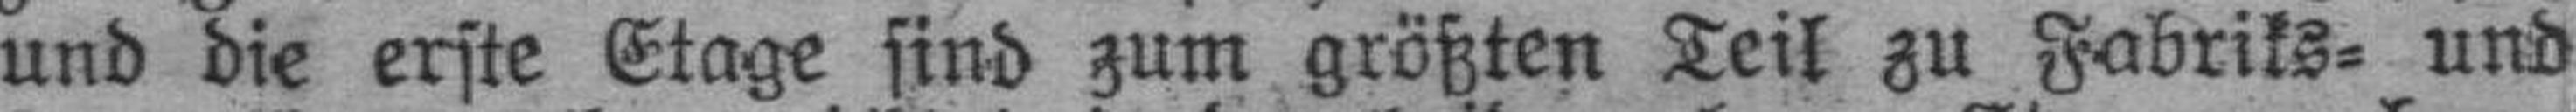
und die erste Etage sind zum größten Teil zu Fabriks= und